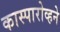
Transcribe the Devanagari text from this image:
कास्पारोव्हने